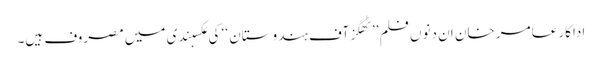
اداکار عامر خان ان دنوں فلم ’’ٹھگز آف ہندوستان ‘‘ کی عکسبندی میں مصروف ہیں۔